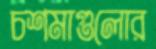
চশমাগুলোর